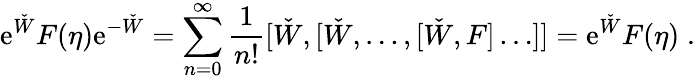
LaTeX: \mathrm{e}^{\check{{W}}}F(\eta)\mathrm{e}^{-\check{{W}}}=\sum_{n=0}^{\infty}\frac{{1}}{{n!}}[\check{{W}},[\check{{W}},\ldots,[\check{{W}},F]\ldots]]=\mathrm{e}^{\check{{W}}}F(\eta)\; .